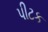
પીટક